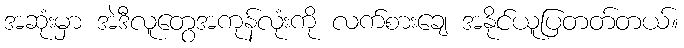
အဆုံးမှာ အဲဒီလူတွေအကုန်လုံးကို လက်စားချေ အနိုင်ယူပြတတ်တယ်။